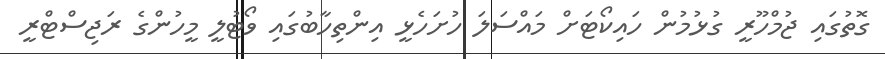
ގޮތުގައި ޖުމްހޫރީ ގުޅުމުން ހައިކޯޓަށް މައްސަލަ ހުށަހެޅީ އިންތިހާބުގައި ވޯޓުލީ މީހުންގެ ރަޖިސްޓްރީ